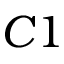
C 1